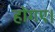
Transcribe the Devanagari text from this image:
होगए।